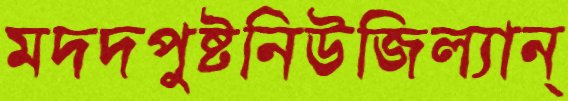
মদদপুষ্টনিউজিল্যান্